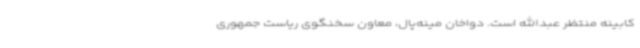
کابینه منتظر عبدالله است. دواخان مینه‌پال، معاون سخنگوی ریاست جمهوری